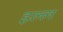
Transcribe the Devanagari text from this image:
इल्ल